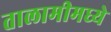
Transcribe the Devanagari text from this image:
तालामीमध्ये